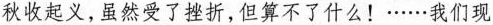
秋收起义，虽然受了挫折，但算不了什么！……我们现